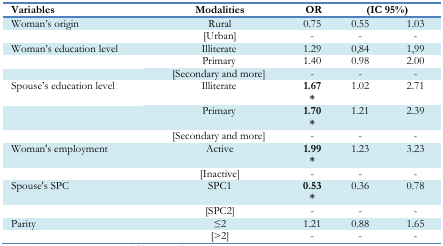
| Variables | Modalities | OR | <COLSPAN=2> (IC 95%) |
 | --- | --- | --- | --- | --- |
 | Woman’s origin | Rural | 0.75 | 0.55 | 1.03 |
 |  | [Urban] | - | - | - |
 | Woman’s education level | Illiterate | 1.29 | 0,84 | 1,99 |
 |  | Primary | 1.40 | 0.98 | 2.00 |
 |  | [Secondary and more] | - | - | - |
 | Spouse’s education level | Illiterate | 1.67* | 1.02 | 2.71 |
 |  | Primary | 1.70* | 1.21 | 2.39 |
 |  | [Secondary and more] | - | - | - |
 | Woman’s employment | Active | 1.99* | 1.23 | 3.23 |
 |  | [Inactive] | - | - | - |
 | Spouse’s SPC | SPC1 | 0.53* | 0.36 | 0.78 |
 |  | [SPC2] | - | - | - |
 | Parity | ≤2 | 1.21 | 0.88 | 1.65 |
 |  | [>2] | - | - | - |